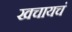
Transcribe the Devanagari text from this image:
खचायचं